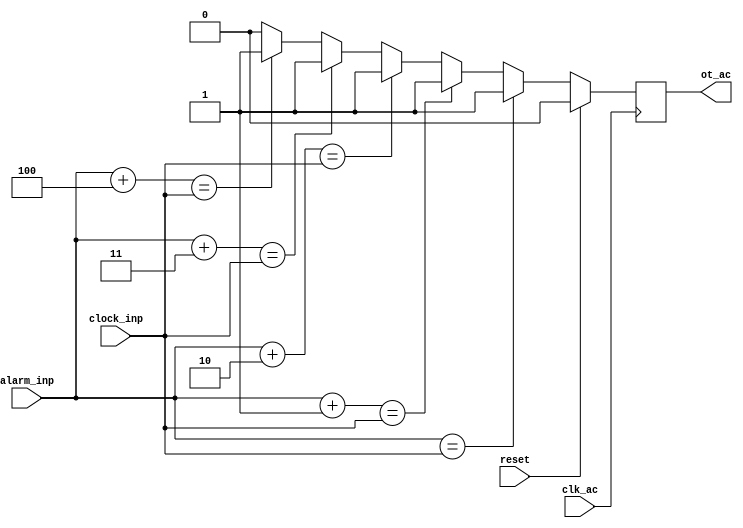
`timescale 1ns / 1ps
//////////////////////////////////////////////////////////////////////////////////
// Company: 
// Engineer: 
// 
// Design Name: 
// Module Name:    alarm_check 
// Project Name: 
// Target Devices: 
// Tool versions: 
// Description: 
//
// Dependencies: 
//
// Revision: 
// Revision 0.01 - File Created
// Additional Comments: 
//
//////////////////////////////////////////////////////////////////////////////////
module alarm_check(reset, clk_ac, clock_inp, alarm_inp, ot_ac
    );
	 
	 input clk_ac;
	 input reset;	 
	 input [17:0] clock_inp;	  
	 input [17:0] alarm_inp;	
	 output ot_ac;
	 reg ot_ac;
	 
	 always @ (posedge clk_ac )
         begin
		     if (reset)
			    begin    
					ot_ac<=1'b0;
				 end
				 
		     else if ( alarm_inp == clock_inp )
			     begin
			      ot_ac<=1'b1;    
 		        end
		     else if ( alarm_inp+1 == clock_inp )
			     begin
			      ot_ac<=1'b1;    
 		        end
		     else if ( alarm_inp+2 == clock_inp )
			     begin
			      ot_ac<=1'b1;    
 		        end
		     else if ( alarm_inp+3 == clock_inp )
			     begin
			      ot_ac<=1'b1;    
 		        end
		     else if ( alarm_inp+4 == clock_inp )
			     begin
			      ot_ac<=1'b1;    
 		        end						  
			  else 
              begin
               ot_ac<=1'b0;
              end				  
			end	  
endmodule